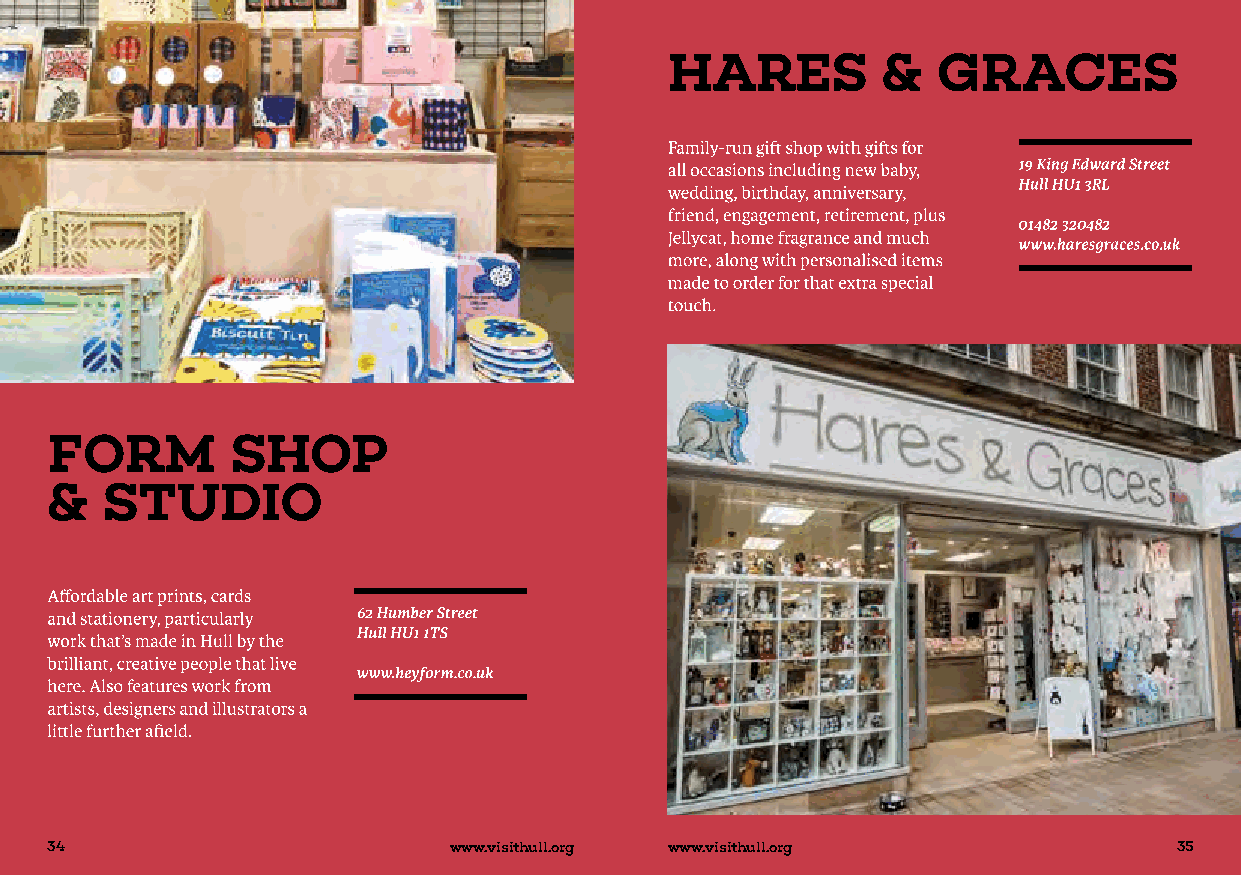
34                         www.visithull.org www.visithull.org             35